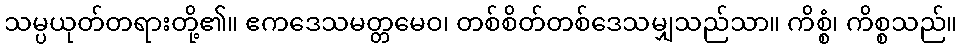
သမ္ပယုတ်တရားတို့၏။ ဧကဒေသမတ္တမေဝ၊ တစ်စိတ်တစ်ဒေသမျှသည်သာ။ ကိစ္စံ၊ ကိစ္စသည်။